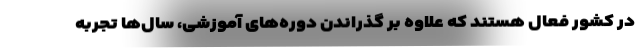
در کشور فعال هستند که علاوه بر گذراندن دوره‌های آموزشی، سال‌ها تجربه